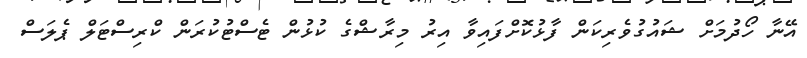
އޭނާ ހޯދުމަށް ޝައުގުވެރިކަން ފާޅުކޮށްފައިވާ އިރު މިރާޝްގެ ކުޅުން ޓެސްޓުކުރަން ކްރިސްޓަލް ޕެލަސް